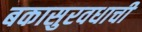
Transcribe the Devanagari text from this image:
बकासुरवधाची